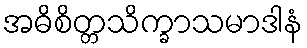
အဓိစိတ္တသိက္ခာသမာဒါနံ